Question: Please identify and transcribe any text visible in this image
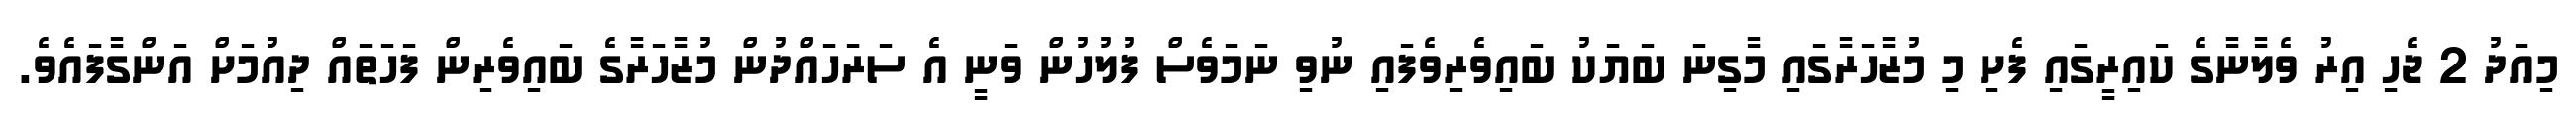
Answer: މިއަދު 2 ޖެހި އިރު ވެލާނާގެ ކައިރީގައި ފެށި މި މުޒާހަރާގައި މާގިނަ ބަޔަކު ބައިވެރިވެފައި ނުވި ނަމަވެސް ފުލުހުން ވަނީ އެ ސަރަހައްދުން މުޒާހަރާގެ ބައިވެރިން ފަހަތައް ދިއުމަށް އަންގާފައެވެ.